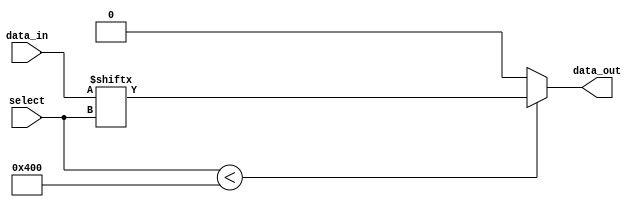
module mux_1024_1 (
    input [1023:0] data_in,
    input [9:0] select,
    output reg data_out
);

always @(*) begin
    if (select < 1024)
        data_out = data_in[select];
    else
        data_out = 0;
end

endmodule